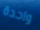
واحدة